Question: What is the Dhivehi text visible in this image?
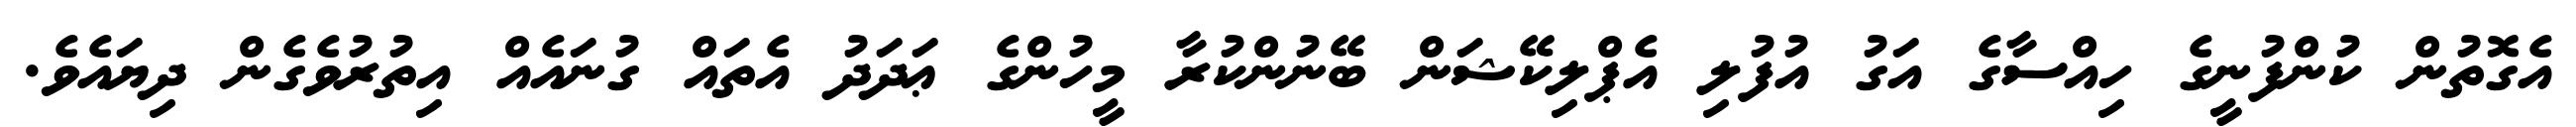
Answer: އެގޮތުން ކުންފުނީގެ ހިއްސާގެ އަގު އުފުލި އެޕްލިކޭޝަން ބޭނުންކުރާ މީހުންގެ ޢަދަދު އެތައް ގުނައެއް އިތުރުވެގެން ދިޔައެވެ.